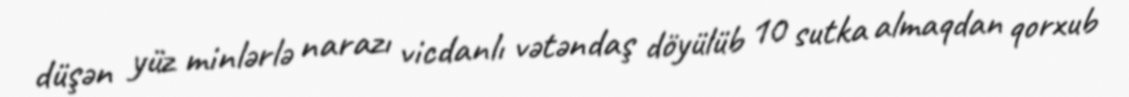
düşən yüz minlərlə narazı vicdanlı vətəndaş döyülüb 10 sutka almaqdan qorxub